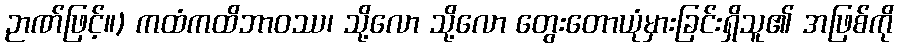
ဉာဏ်ဖြင့်။) ကထံကထိဘာဝဿ၊ သို့လော သို့လော တွေးတောယုံမှားခြင်းရှိသူ၏ အဖြစ်ကို